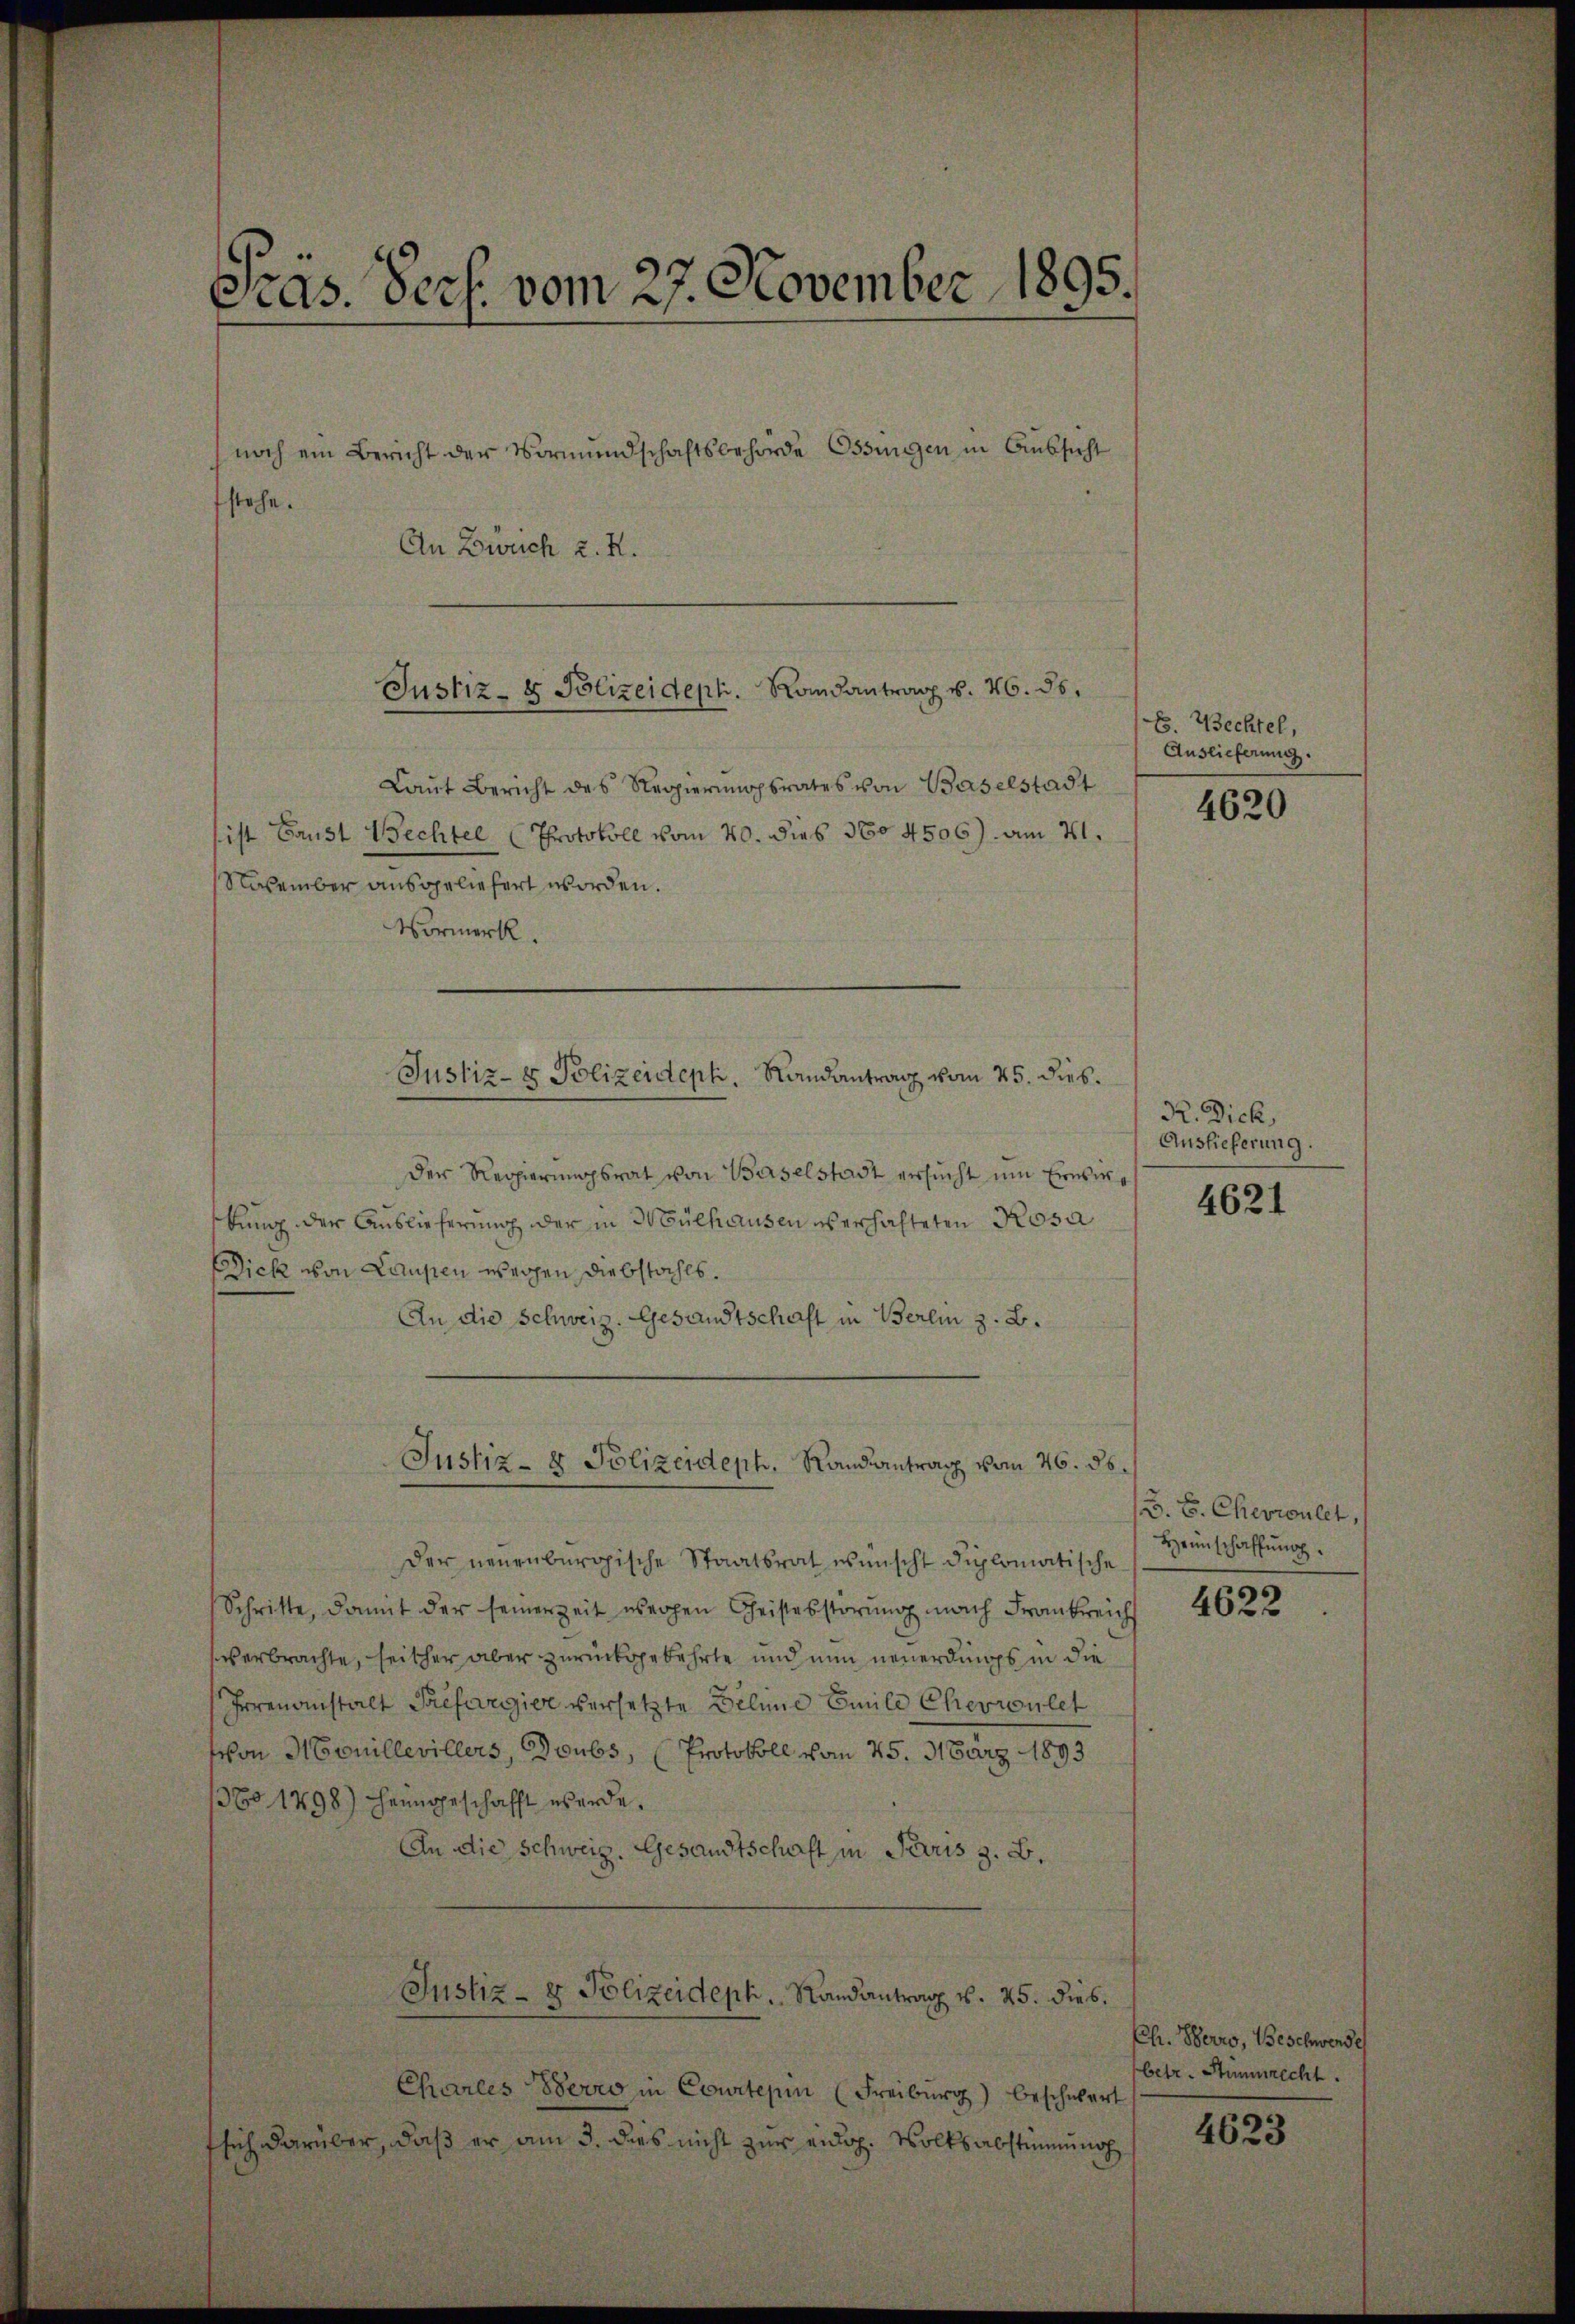
Gras. Pech. vom 27. November 1895.

Justiz- & Polizeideph. Randantrag v. 26. ds.

Laŭt Bericht des Regierŭngsrates von Baselstadt
ist Baust Bechter (Protokoll vom 20. dies No 4506) am 21.
November ausgeliefert worden.
Vormerk.
Der Regierŭngsrat von Baselstadt ersŭcht um Erwiekung der Auslieferung der in Mülhausen es erhalteten Rosa
Dick von Laupen weichen Diebstahls.
An die Schweiz. Gesandtschaft in Berlin z. B.

noch ein Bericht der Vormundschaftsbehörde Ossingen in Aussicht
stehe.
An Zürich z. R.

Justiz- & Polizeideph, Randantrag vom 25. dies

Justiz- & Polizeideph, Randentrag vom 26. ds.

Der neuenburgische Staatsrat wünscht diplomatische
Schritte, damit der seinerzeit wegen Geistesstörŭng nach Frankreich
verbrachte, seither aber zurückgekehrte und nun neuerdings in die
Irrenanstalt Préfargier versetzte Deline Emile Cherroulet
von Mouillevillers, Doubs, (Protokoll vom 25. März 1893
136o 1798) heimgeschafft werde¬
An die Schweiz. Gesandtschaft in Paris z. B.
Justiz- & Polizeideph. Randantrag v. 25. dies.
Charles Verro in Courtepin (Freiburg) beschwert
fsich darüber, daß er am 3. dies nicht zur eidg. Volksabstimmung

E. Bechtel,
Auslieferung.

4620

R. Dick
Auslieferung.

4621

B. E. Chevroulet,
Heimschaffung.

4622

Ch. Herro, Beschwerde
betr. Stimmrecht.

4623